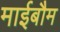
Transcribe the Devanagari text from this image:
माईबौम